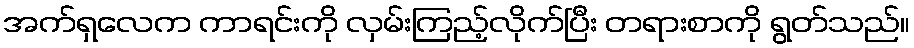
အက်ရှလေက ကာရင်းကို လှမ်းကြည့်လိုက်ပြီး တရားစာကို ရွတ်သည်။